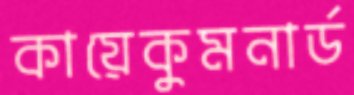
কায়েকুমনার্ড